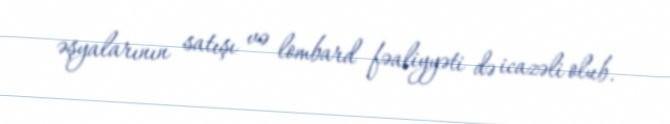
əşyalarının satışı və lombard fəaliyyəti də icazəli olub.